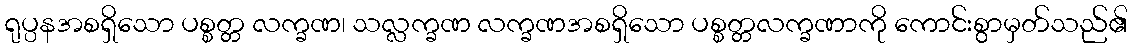
ရုပ္ပနအစရှိသော ပစ္စတ္တ လက္ခဏ၊ သလ္လက္ခဏ လက္ခဏအစရှိသော ပစ္စတ္တလက္ခဏာကို ကောင်းစွာမှတ်သည်၏